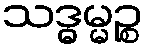
သဒ္ဓမ္မဉ္စ